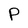
Character: P